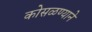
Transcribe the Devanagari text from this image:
कोसळण्याने